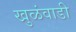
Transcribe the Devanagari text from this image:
खुळंवाडी